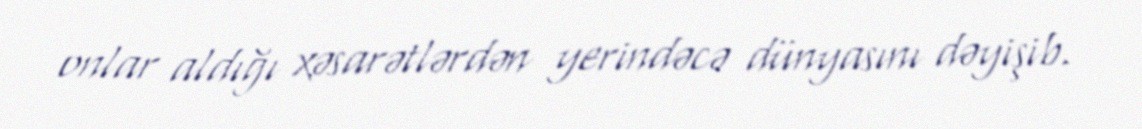
onlar aldığı xəsarətlərdən yerindəcə dünyasını dəyişib.